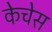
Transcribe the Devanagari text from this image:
केचेस